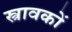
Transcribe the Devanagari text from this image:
स्त्रावकों